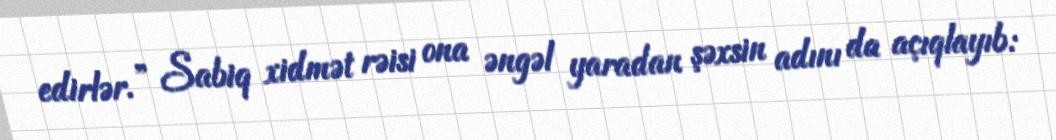
edirlər.” Sabiq xidmət rəisi ona əngəl yaradan şəxsin adını da açıqlayıb: